Regulations for the medical services of the Army of India
Year: 1930
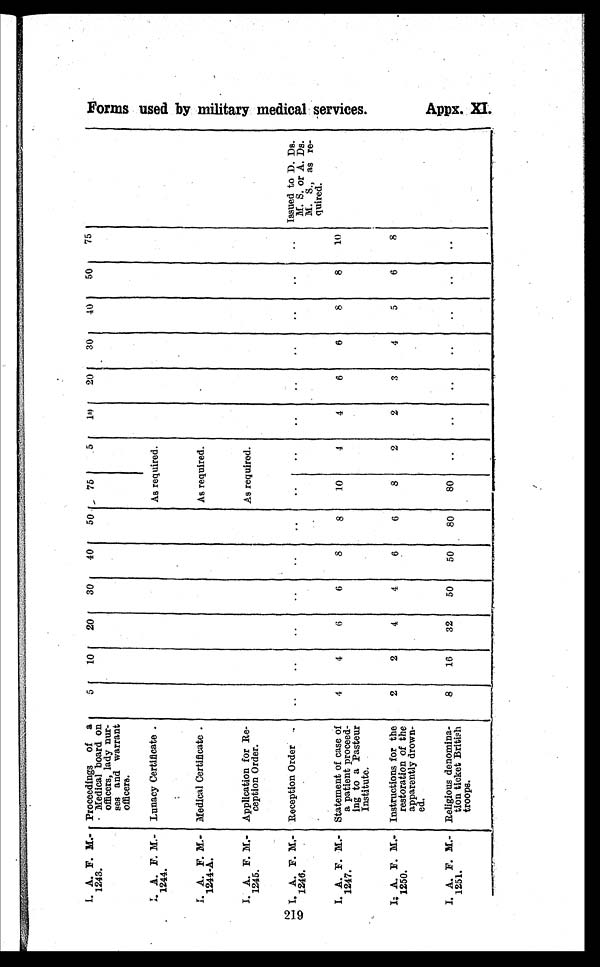
I. A. F. M-
1243.
Proceedings of a
Medical board on
officers, lady nur
ses and warrant
officers.
5
10
20
30
40
50
75
5
10
20
30
40
50
75
I. A. F. M.-
1244.
Lunacy Certificate .
As required.
I. A. F. M.-
1244-A.
Medical Certificate .
As required.
I. A. F. M.-
1245.
Application for Re-
ception Order.
As required.
I. A. F. M.-
1246.
Reception Order.
..
..
..
..
..
..
..
..
..
..
..
..
..
.. Issued to D. Ds.
M. S. or A. Ds.
M. S., as re-
quired.
I. A. F. M.-
1247.
Statement of case of
a patient proceed-
ing to a Pasteur
Institute.
4
4
6
6
8
8
10
4
4
6
6
8
8
10
I. A. F. M.-
1250.
Instructions for the
restoration of the
apparently drown-
ed.
2
2
4
4
6
6
8
2
2
3
4
5
6
8
I. A. F. M.-
1251.
Religious denomina-
tion ticket British
troops.
8
16
32
50
50
80
80
. .
. .
. .
. .
. .
. .
. .
Forms used by military medical services.
Appx. XI .